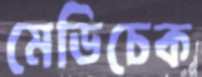
মেডিচেক